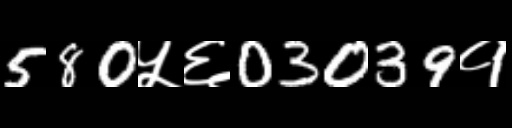
Text: 580५६03039१